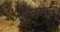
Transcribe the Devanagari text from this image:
उमेव्दवारास